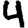
Digit: 4